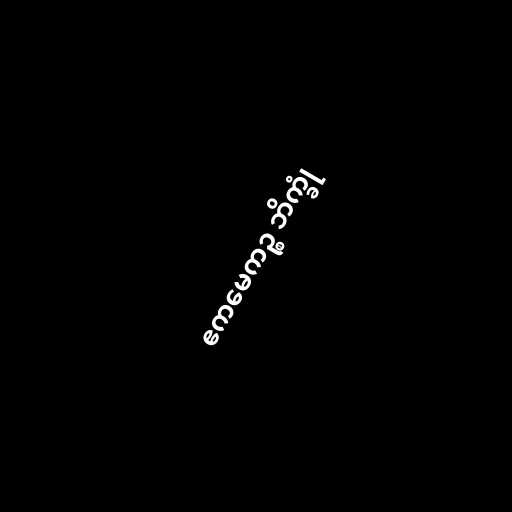
ဧကမေကဉ္စ ဘိက္ခုံ